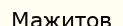
Мажитов